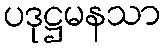
ပဒုဋ္ဌမနသာ